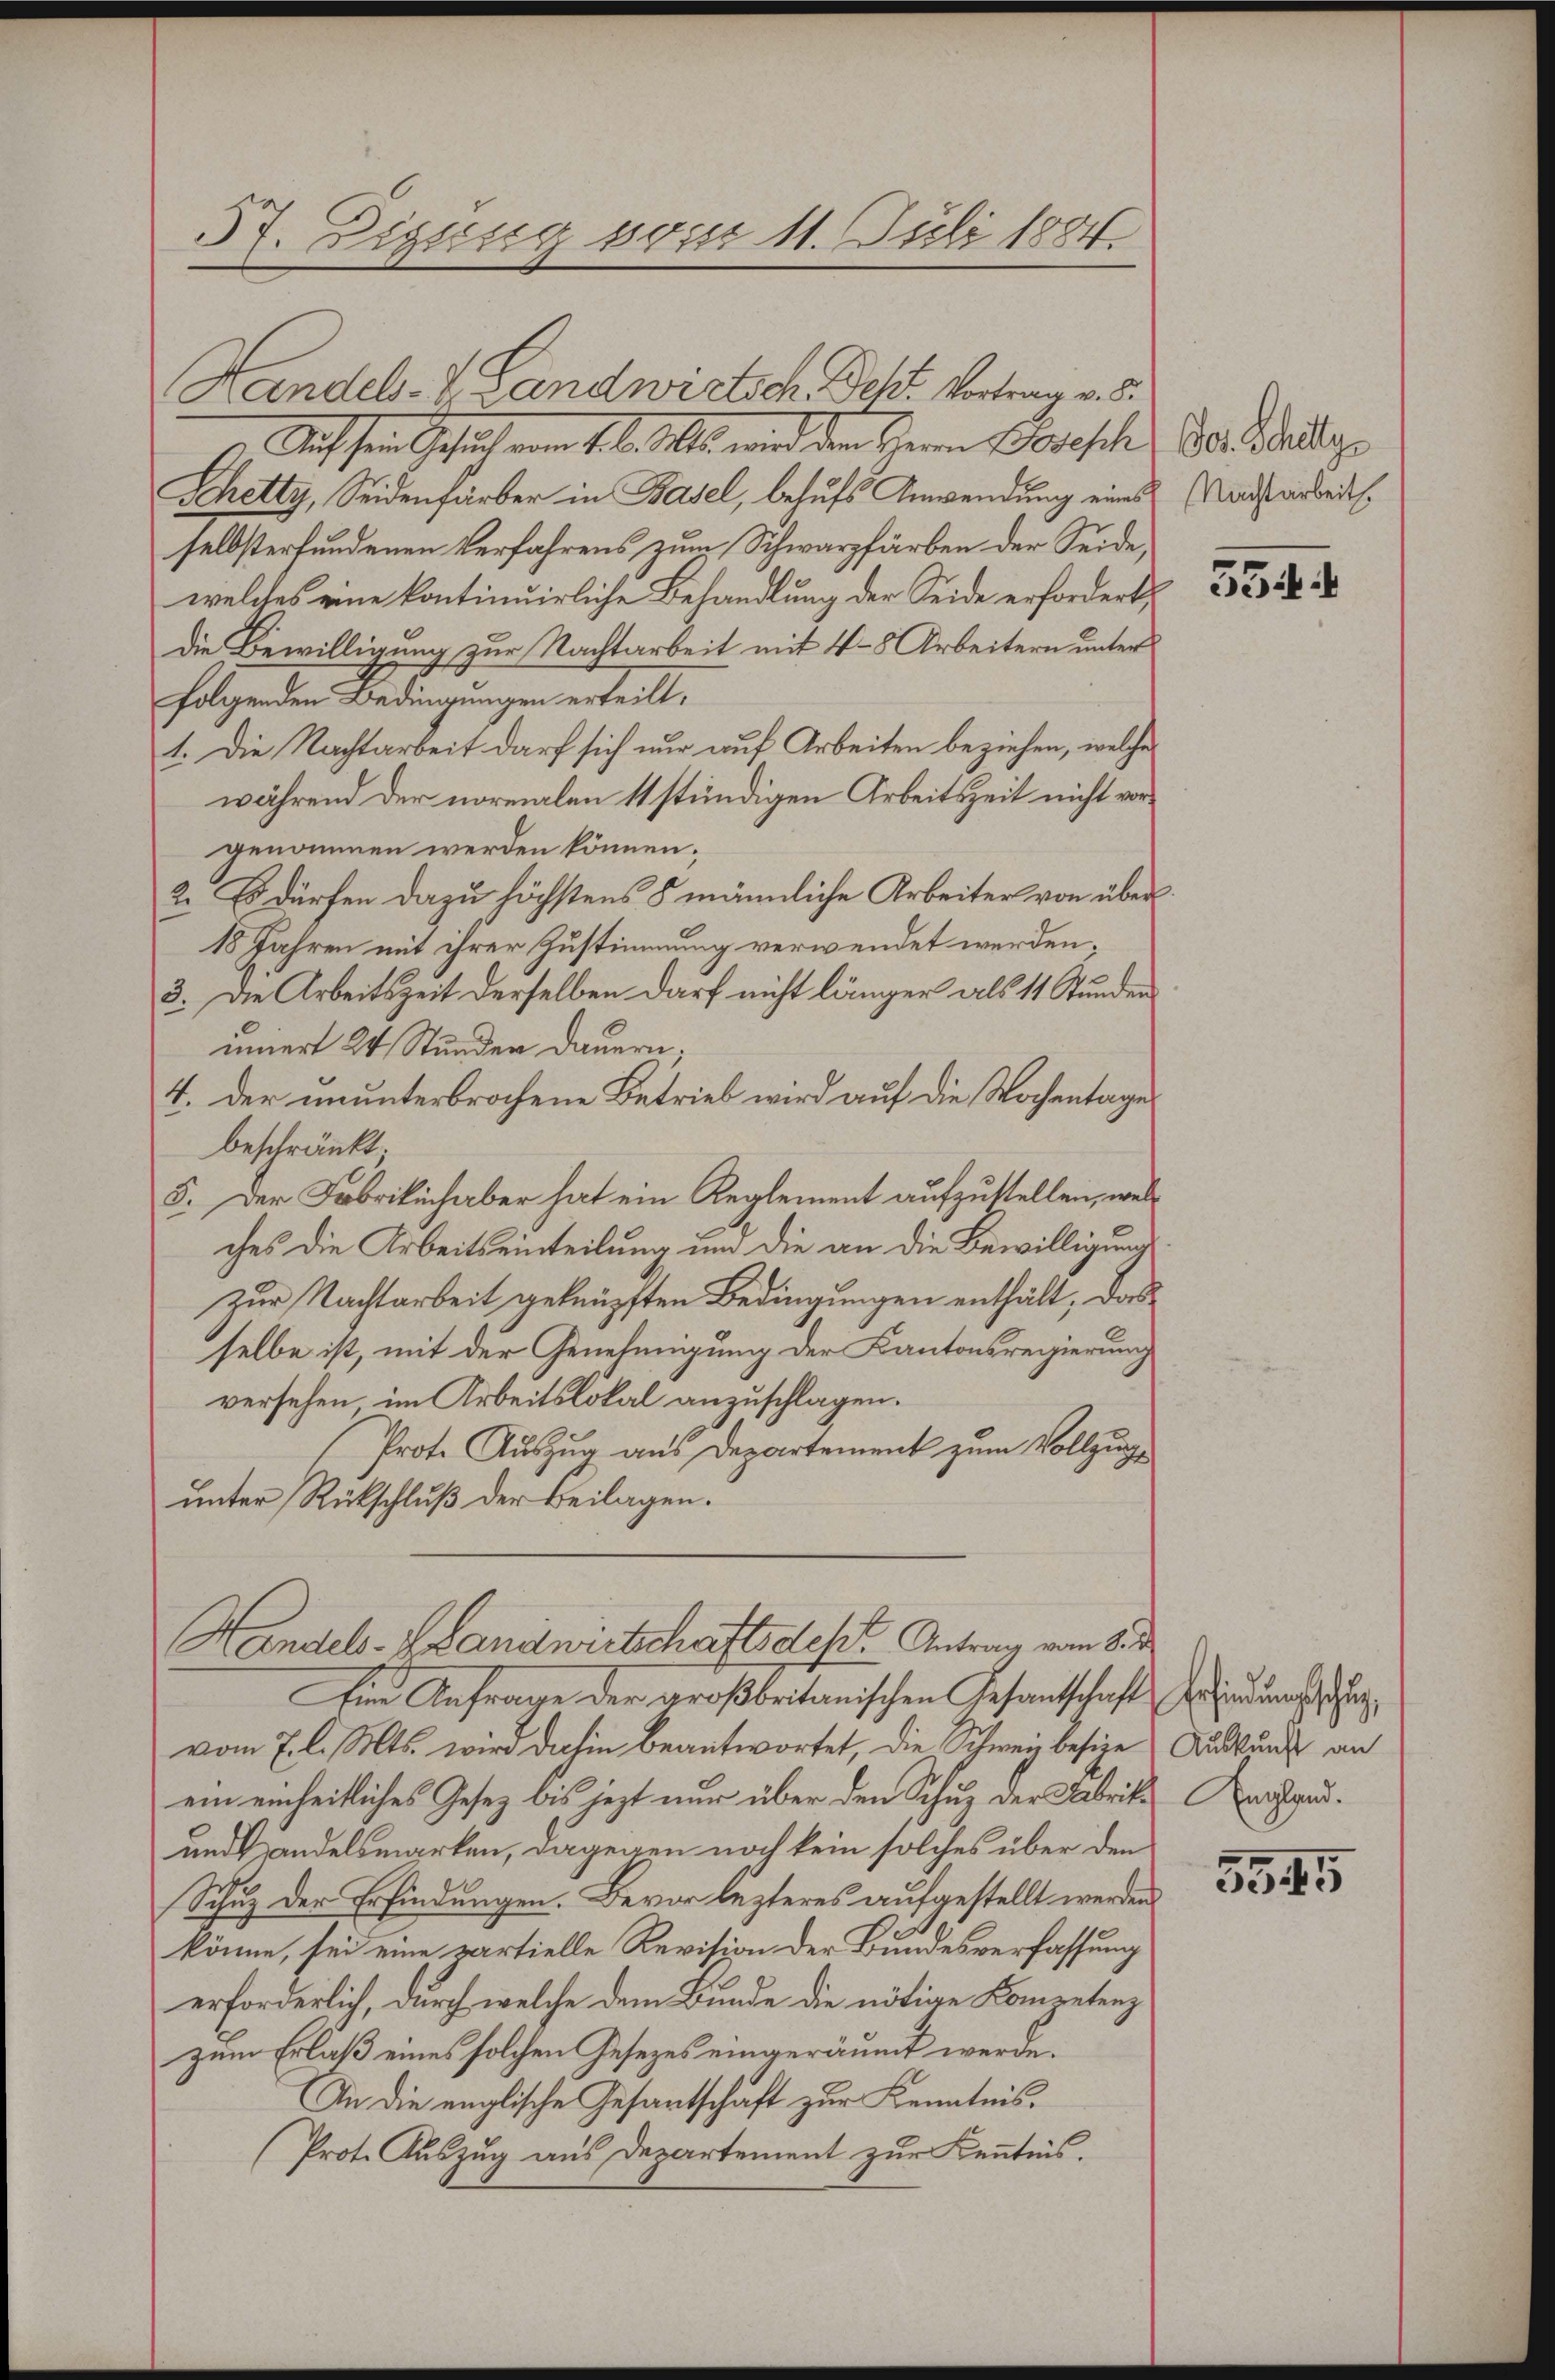
57. Eigung vom 11. Juli 1884.

Handels-V. Landwirtsch. Sch. Vortrag v. 5.
 Aussen Gesuch vom 1. d. Ms. wird den Herrn Joseph Dr. Balge
Schetty, Seidenfärber in Basel, behufs Anwendung eines Radstarbeit.
selbsterfundenen Verfahrens zum Schwarzfärben der Seide,
welches eine kontinuirliche Behandlung der Seide erfordert
die Bewilligung zur Nachtarbeit mit 4–5 Arbeitern unter
folgenden Bedingungen erteilt,
1. Die Nachtarbeit darf sich nur auf Arbeiten beziehen, welches
während der normalen 11 stündigen Arbeitszeit nicht vorgenommen werden können.
2. Es dürfen dazu höchstens 5 männliche Arbeiter von über
18 Jahren mit ihrer Zustimmung verwendet werden;
3. Die Arbeitszeit derselben darf nicht länger als 11 Stunden
uniert 24 Stunden Dauern;
4. der ununterbrochene Betrieb wird auf die Wochentages
beschränkt
5. Der Fabrikich aber hat ein Reglement aufzustellen, welches die Arbeitseinteilung um die an die Bewilligung
zur Nachtarbeit geknüpften Bedingungen enthält, das
selbe ist, mit der Genehmigung der Kantonsregierung
versehen im Arbeitslokal anzuschlagen.
Prote Auszug aus Departement zum Vollzugunter Rückschluß der Beilagen.

Handels- Landwirtschaftsdest. Antrag vom 8. d
Eine Anfrage der großbritanischen Gesantschaft Erfindung, dur

vom 7. l. Mts. wird dahin beantwortet, die Schweiz besiere Auskund an
ein einheitliches Gesetz bis jezt nur über den Schuz der Fabrikarsgat¬
und Handelsmarken, dagegen noch kein solches über den
Schuz der Erfindungen. Bevor lezteres aufgestellt werden.
könne, sei eine partielle Revision der Bundesverfassung
erforderlich, durch welche dem Bunde die nötige Kompetenz
zum Erlaß eines solchen Gesetzes eingeräumt werde.
An die englische Gesantschaft zur Kenntnis.
(Prot. Auszug aus Departement zur Kenntnis.

5544

5545